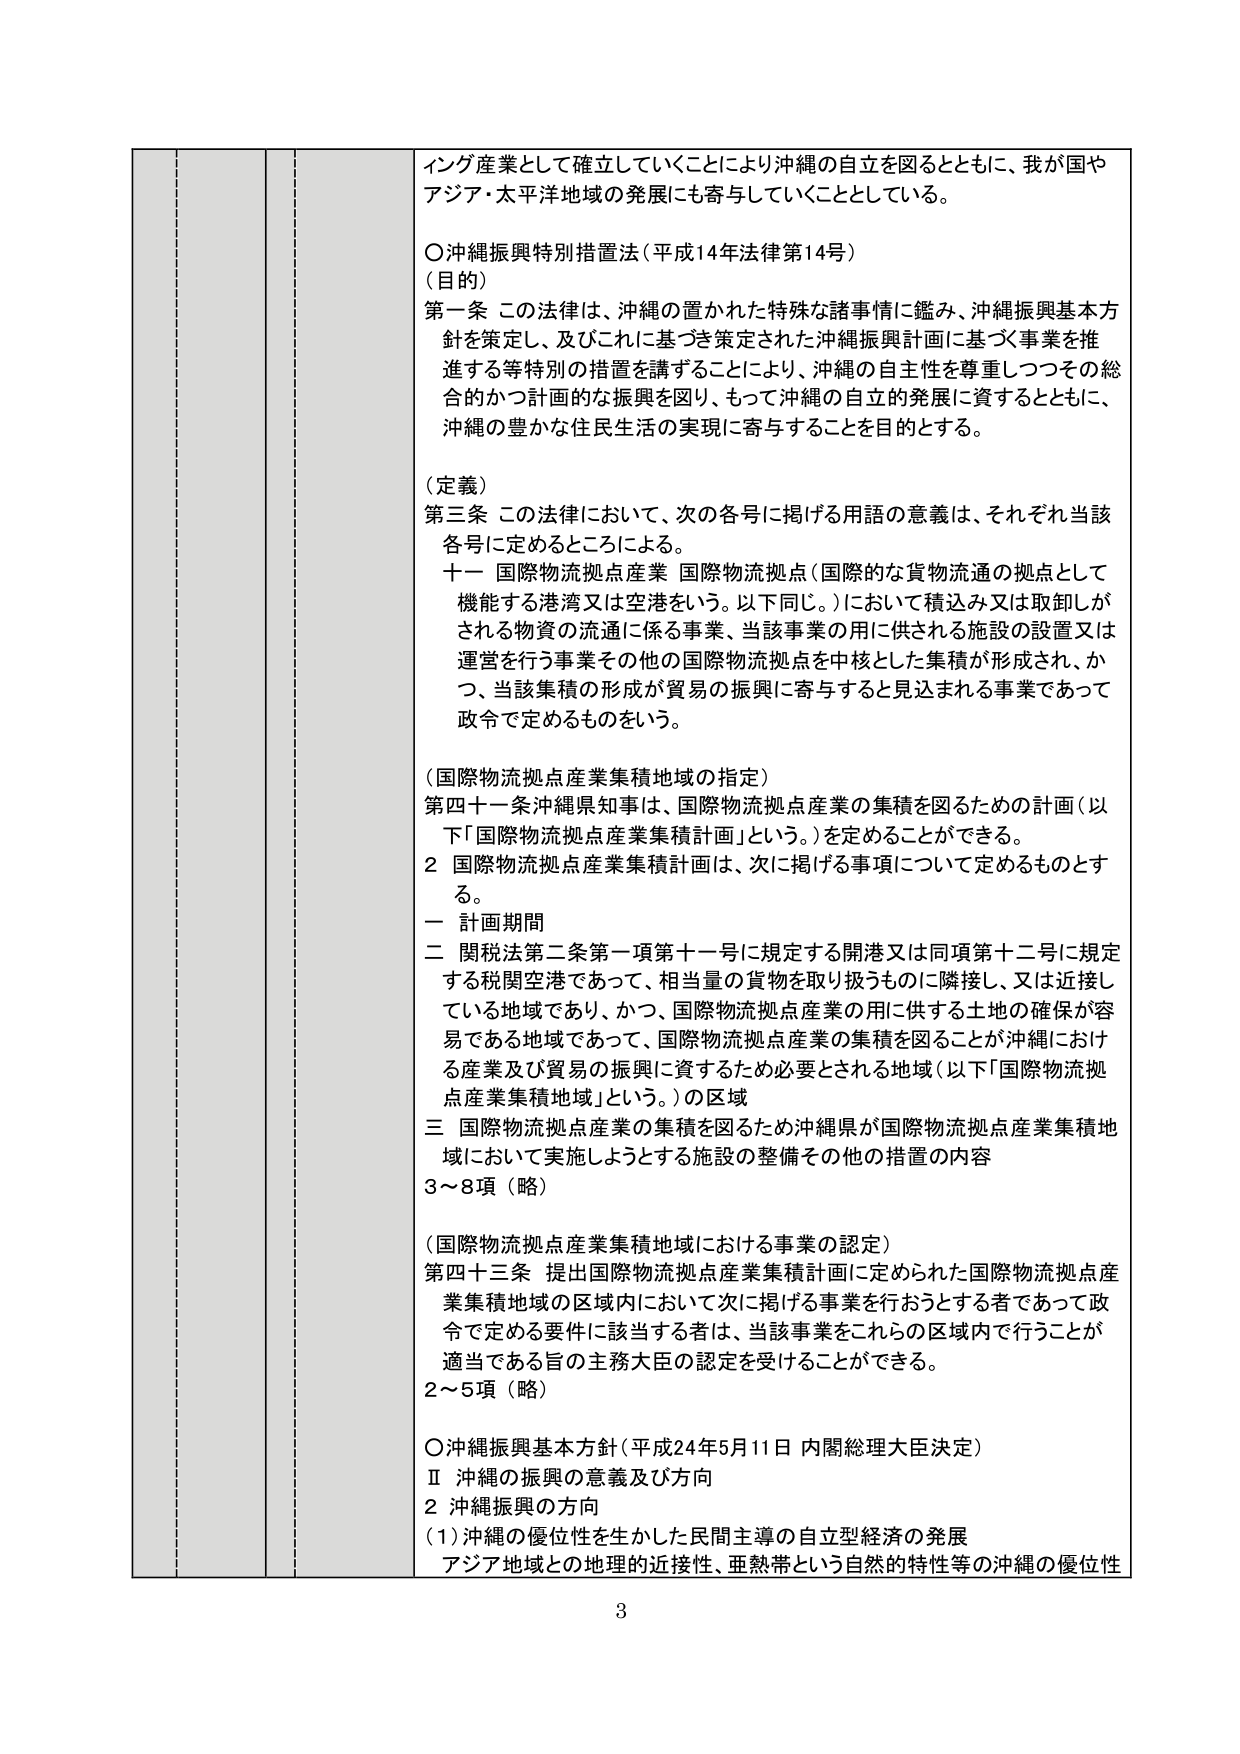
イング産業として確立していくことにより沖縄の自立を図るとともに、我が国やアジア・太平洋地域の発展にも寄与していくこととしている。

○沖縄振興特別措置法（平成14年法律第14号）
（目的）
第一条 この法律は、沖縄の置かれた特殊な諸事情に鑑み、沖縄振興基本方針を策定し、及びこれに基づき策定された沖縄振興計画に基づく事業を推進する等特別の措置を講ずることにより、沖縄の自主性を尊重しつつその総合的かつ計画的な振興を図り、もって沖縄の自立的発展に資するとともに、沖縄の豊かな住民生活の実現に寄与することを目的とする。

（定義）
第三条 この法律において、次の各号に掲げる用語の意義は、それぞれ当該各号に定めるところによる。
十一 国際物流拠点産業 国際物流拠点（国際的な貨物流通の拠点として機能する港湾又は空港をいう。以下同じ。）において積込み又は取卸しがされる物資の流通に係る事業、当該事業の用に供される施設の設置又は運営を行う事業その他の国際物流拠点を中核とした集積が形成され、かつ、当該集積の形成が貿易の振興に寄与すると見込まれる事業であって政令で定めるものをいう。

（国際物流拠点産業集積地域の指定）
第四十一条 沖縄県知事は、国際物流拠点産業の集積を図るための計画（以下「国際物流拠点産業集積計画」という。）を定めることができる。
２ 国際物流拠点産業集積計画は、次に掲げる事項について定めるものとする。
一 計画期間
二 関税法第二条第一項第十一号に規定する開港又は同項第十二号に規定する税関空港であって、相当量の貨物を取り扱うものに隣接し、又は近接している地域であり、かつ、国際物流拠点産業の用に供する土地の確保が容易である地域であって、国際物流拠点産業の集積を図ることが沖縄における産業及び貿易の振興に資するため必要とされる地域（以下「国際物流拠点産業集積地域」という。）の区域
三 国際物流拠点産業の集積を図るため沖縄県が国際物流拠点産業集積地域において実施しようとする施設の整備その他の措置の内容
３～８項（略）

（国際物流拠点産業集積地域における事業の認定）
第四十三条 提出国際物流拠点産業集積計画に定められた国際物流拠点産業集積地域の区域内において次に掲げる事業を行おうとする者であって政令で定める要件に該当する者は、当該事業をこれらの区域内で行うことが適当である旨の主務大臣の認定を受けることができる。
２～５項（略）

○沖縄振興基本方針（平成24年5月11日 内閣総理大臣決定）
Ⅱ 沖縄の振興の意義及び方向
２ 沖縄振興の方向
（1）沖縄の優位性を生かした民間主導の自立型経済の発展
アジア地域との地理的近接性、亜熱帯という自然的特性等の沖縄の優位性

3